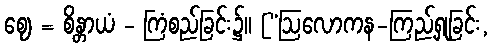
ဈေ = စိန္တာယံ - ကြံစည်ခြင်း၌။ [“ဩလောကန-ကြည့်ရှုခြင်း,